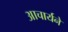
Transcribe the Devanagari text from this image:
आचार्यने